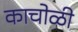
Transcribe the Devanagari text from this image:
काचोळी